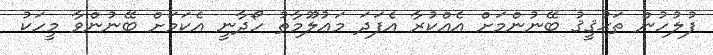
ފުލުހުން ތަޙުޤީޤު ބޭނުންމަށް އެއްކުރާ އެފަދަ މަޢުލޫމާތު ހޯދާނީ އެކަމަށް ބޭނުންވާ މީހަކު